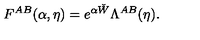
F ^ { A B } ( \alpha , \eta ) = e ^ { \alpha \check { W } } \Lambda ^ { A B } ( \eta ) .